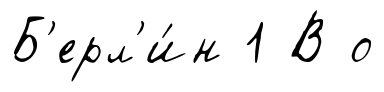
Б'ерл'и́н 1 В о